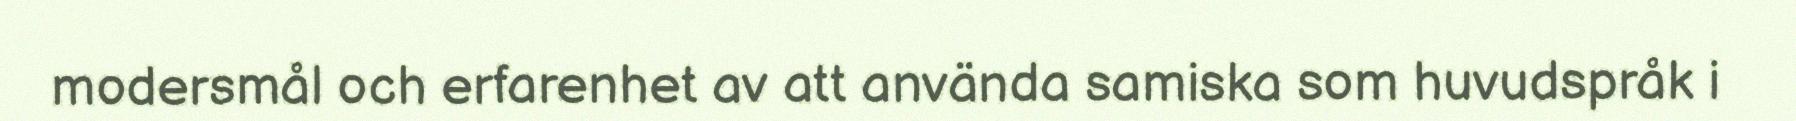
modersmål och erfarenhet av att använda samiska som huvudspråk i